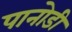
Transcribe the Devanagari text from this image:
पानोडी